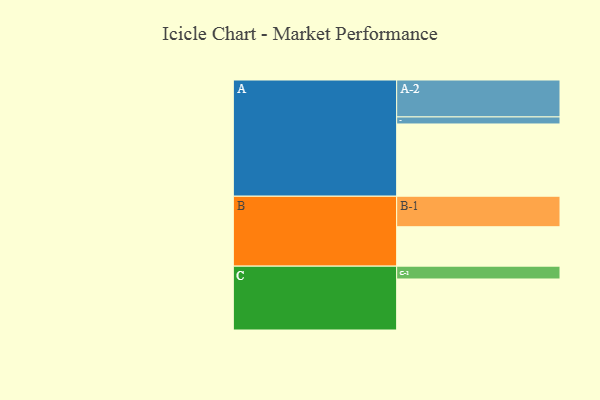
{"axis": {"x": "Segment", "y": "Value"}, "legend": ["", "A", "B", "C"], "data": [{"x": "A", "y": 585, "type": ""}, {"x": "B", "y": 319, "type": ""}, {"x": "C", "y": 413, "type": ""}, {"x": "A-1", "y": 57, "type": "A"}, {"x": "A-2", "y": 299, "type": "A"}, {"x": "B-1", "y": 247, "type": "B"}, {"x": "C-1", "y": 104, "type": "C"}]}